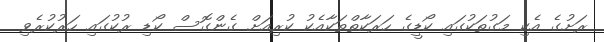
ރަށުގެ އެކި މަގުތަކުގައި ކޯޑީގެ ހަރަކާތްތަކާއެކު ކުރިއަށް ގެންގޮސް ކޯޑި ރުކުގައި ހަރުކުރެވި